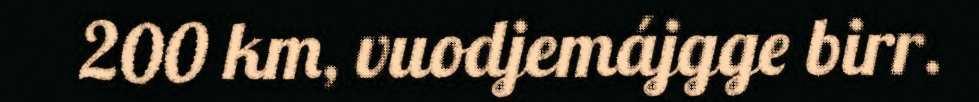
200 km, vuodjemájgge birr.